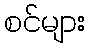
စင်များ